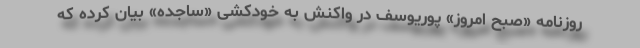
روزنامه «صبح امروز» پوریوسف در واکنش به خودکشی «ساجده» بیان کرده که